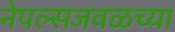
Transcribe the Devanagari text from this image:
नेपल्सजवळच्या